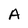
Character: A